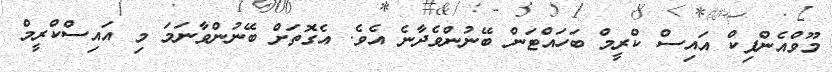
މޫވްއެންޕިކް އައިސް ކްރީމް ބަހައްޓަން ބޭނުންވެދާނެ އެވެ. އެގޮތަށް ބޭނުންވާނަމަ މި އައިސްކްރީމް